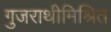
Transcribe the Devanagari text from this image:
गुजराथीमिश्रित